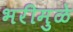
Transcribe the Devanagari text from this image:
भरीमुळे